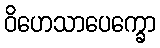
ဝိဟေသာပေက္ခော